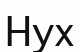
Нух